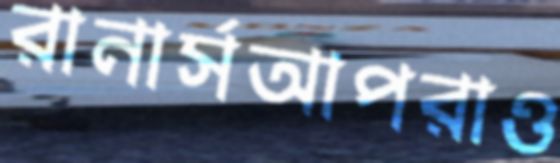
রানার্সআপরাও